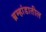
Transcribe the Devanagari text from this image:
ब्रम्हांडातील